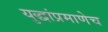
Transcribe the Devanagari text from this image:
युद्धांप्रमाणेच